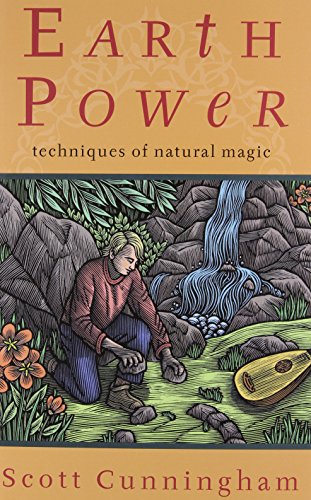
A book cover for Earth Power: Techniques of Natural Magic (Llewellyn's Practical Magick); Scott Cunningham; Religion & Spirituality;